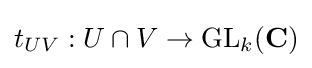
t_{UV}:U\cap V\to \mathrm {GL} _{k}(\mathbf {C} )